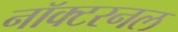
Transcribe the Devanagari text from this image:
नॉक्टरनल